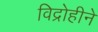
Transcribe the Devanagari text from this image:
विद्रोहीने